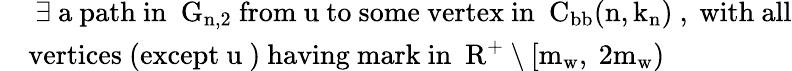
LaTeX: \begin{array}{rl}&{\mathrm{~\exists~a~path~in~{\mathcal~G}_{n,2}~from~u~to~some~vertex~in~{\mathcal~C}_\mathrm{bb}(n,k_n)~,~with~all}}\\ &{\mathrm{vertices~(except~u~)~having~mark~in~{\mathbb~R}^+\setminus[m_w,~2m_w)~}}\end{array}